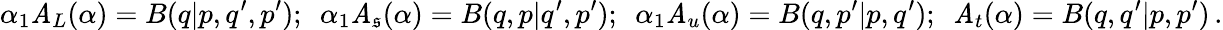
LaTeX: \alpha_{1}\mathit{A}_{L}(\alpha)=B(q|p,q^{\prime},p^{\prime});\ \ \alpha_{1}\mathit{A}_{\mathfrak{s}}(\alpha)=B(q,p|q^{\prime},p^{\prime});\ \ \alpha_{1}\mathit{A}_{u}(\alpha)=B(q,p^{\prime}|p,q^{\prime});\ \ \mathit{A}_{t}(\alpha)=B(q,q^{\prime}|p,p^{\prime})\, .